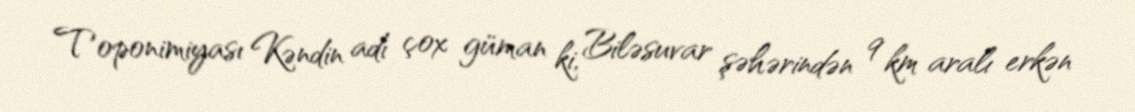
Toponimiyası Kəndin adı çox güman ki, Biləsuvar şəhərindən 9 km aralı erkən